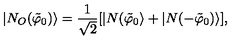
| N _ { O } ( \tilde { \varphi } _ { 0 } ) \rangle = \frac { 1 } { \sqrt { 2 } } [ | N ( \tilde { \varphi } _ { 0 } \rangle + | N ( - \tilde { \varphi } _ { 0 } ) \rangle ] ,